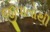
જીવાતોથી